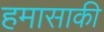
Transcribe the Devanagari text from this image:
हमासाकी